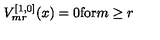
V _ { m r } ^ { [ 1 , 0 ] } ( x ) = 0 \mathrm { f o r } m \ge r